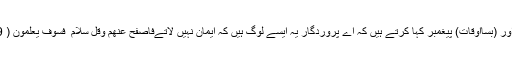
وَقِيلِهِ يَا رَبِّ إِنَّ هَٰؤُلَاءِ قَوْمٌ لَّا يُؤْمِنُونَ ( 88 ) اور (بسااوقات) پیغمبر کہا کرتے ہیں کہ اے پروردگار یہ ایسے لوگ ہیں کہ ایمان نہیں لاتےفَاصْفَحْ عَنْهُمْ وَقُلْ سَلَامٌ ۚ فَسَوْفَ يَعْلَمُونَ ( 89 ) تو ان سے منہ پھیر لو اور سلام کہہ دو۔